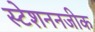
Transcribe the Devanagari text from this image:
स्टेशननजीक